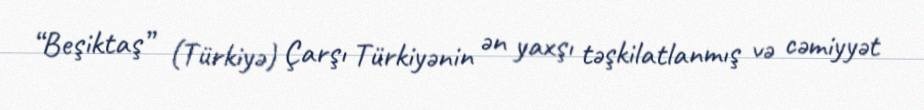
“Beşiktaş” (Türkiyə) Çarşı Türkiyənin ən yaxşı təşkilatlanmış və cəmiyyət